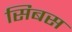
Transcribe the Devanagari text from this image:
सिबस